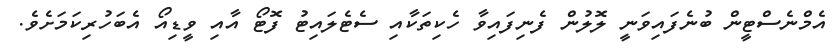
އެމްނެސްޓީން ބުނެފައިވަނީ ލޮލުން ފެނިފައިވާ ހެކިތަކާއި ސެޓެލައިޓު ފޮޓޯ އާއި ވީޑިއޯ އެބަހުރިކަމަށެވެ.